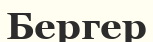
Бергер